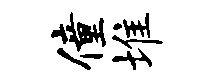
僮堆